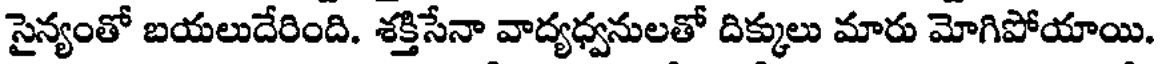
సైన్యంతో బయలుదేరింది. శక్తిసేనా వాద్యధ్వనులతో దిక్కులు మారు మోగిపోయాయి.